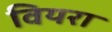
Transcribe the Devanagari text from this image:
वियरा